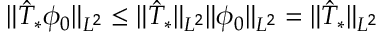
\Vert \hat { T } _ { * } \phi _ { 0 } \Vert _ { L ^ { 2 } } \leq \Vert \hat { T } _ { * } \Vert _ { L ^ { 2 } } \Vert \phi _ { 0 } \Vert _ { L ^ { 2 } } = \Vert \hat { T } _ { * } \Vert _ { L ^ { 2 } }